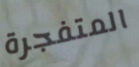
المتفجرة